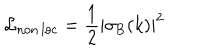
LaTeX: \mathcal { L } _ { \mathrm { n o n \, l o c } } = { \frac { 1 } { 2 } } | \sigma _ { \mathrm { B } } ( k ) | ^ { 2 }